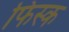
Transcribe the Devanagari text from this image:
फिस्‍क